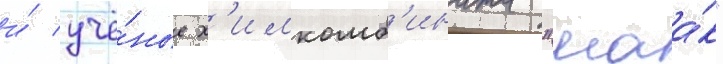
и́ учё́ные х'имкомб'ината "маа́к"